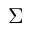
\boldsymbol \Sigma